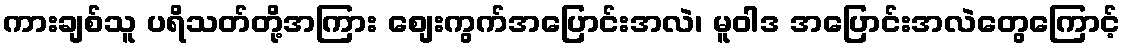
ကားချစ်သူ ပရိသတ်တို့အကြား စျေးကွက်အပြောင်းအလဲ၊ မူဝါဒ အပြောင်းအလဲတွေကြောင့်